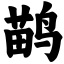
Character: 鹋